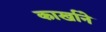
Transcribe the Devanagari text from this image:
कार्खाने